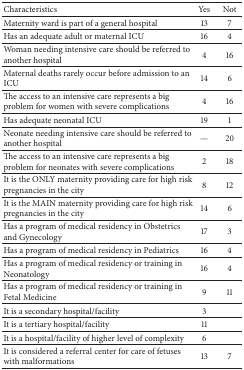
<table><thead><tr><td><b>Characteristics</b></td><td><b>Yes</b></td><td><b>Not</b></td></tr></thead><tbody><tr><td>Maternity ward is part of a general hospital </td><td>13</td><td>7</td></tr><tr><td>Has an adequate adult or maternal ICU </td><td>16</td><td>4</td></tr><tr><td>Woman needing intensive care should be referred to another hospital</td><td>4</td><td>16</td></tr><tr><td>Maternal deaths rarely occur before admission to an ICU</td><td>14</td><td>6</td></tr><tr><td>The access to an intensive care represents a big problem for women with severe complications</td><td>4</td><td>16</td></tr><tr><td>Has adequate neonatal ICU</td><td>19</td><td>1</td></tr><tr><td>Neonate needing intensive care should be referred to another hospital</td><td>—</td><td>20</td></tr><tr><td>The access to an intensive care represents a big problem for neonates with severe complications</td><td>2</td><td>18</td></tr><tr><td>It is the ONLY maternity providing care for high risk pregnancies in the city</td><td>8</td><td>12</td></tr><tr><td>It is the MAIN maternity providing care for high risk pregnancies in the city</td><td>14</td><td>6</td></tr><tr><td>Has a program of medical residency in Obstetrics and Gynecology</td><td>17</td><td>3</td></tr><tr><td>Has a program of medical residency in Pediatrics</td><td>16</td><td>4</td></tr><tr><td>Has a program of medical residency or training in Neonatology</td><td>16</td><td>4</td></tr><tr><td>Has a program of medical residency or training in Fetal Medicine</td><td>9</td><td>11</td></tr><tr><td>It is a secondary hospital/facility</td><td>3</td><td> </td></tr><tr><td>It is a tertiary hospital/facility</td><td>11</td><td> </td></tr><tr><td>It is a hospital/facility of higher level of complexity </td><td>6</td><td> </td></tr><tr><td>It is considered a referral center for care of fetuses with malformations</td><td>13</td><td>7</td></tr></tbody></table>